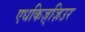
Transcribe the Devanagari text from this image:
एधकिज़्ज़िउर